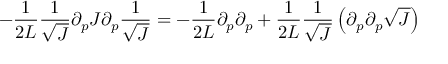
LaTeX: - \frac { 1 } { 2 L } \frac { 1 } { \sqrt { J } } \partial _ { p } J \partial _ { p } \frac { 1 } { \sqrt { J } } = - \frac { 1 } { 2 L } \partial _ { p } \partial _ { p } + \frac { 1 } { 2 L } \frac { 1 } { \sqrt { J } } \left( \partial _ { p } \partial _ { p } \sqrt { J } \right)